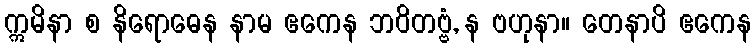
ဣမိနာ စ နိရောဓေန နာမ ဧကေန ဘဝိတဗ္ဗံ, န ဗဟုနာ။ တေနာပိ ဧကေန